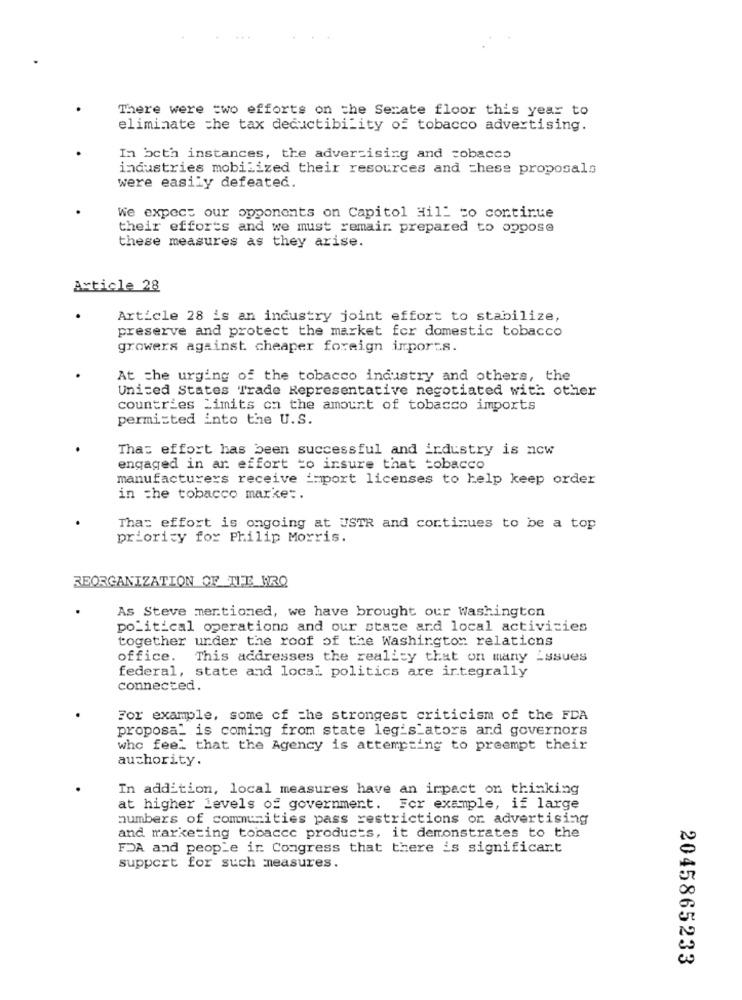
There were two efforts on the Serate floor this year to
eliminate the tax deductibility of tobacco advertising.
In beth instances, the advertising and cobacco
industries mobilized their resources and these proposals
were easily defeated.
We expect our opponents on Capitol Hill to continue
their efforts and we must remain prepared to oppose
these measures as they arise.
Article 28
Article 28 is an industry joint effort to stabilize,
preserve and protect the market for domestic tobacco
growers against cheaper foreign imports.
At the urging of the tobacco industry and others, the
United States Trade Representative negotiated with other
countries Limits on the amount of tobacco imports
permisted into the U.S.
That effort has been successful and industry is now
engaged in ar effort to insure that tobacco
manufacturers receive i=port licenses to help keep order
in the tobacco market.
Tha: effort is ongoing at USTR and continues to be a top
priority for Philip Morris.
REORGANIZATION OF THE WRQ
As Steve mentioned, we have brought our Washington
political operations and our state and local activities
together under the roof of the Washington relations
office.
This addresses the reality that on many Issues
federal, state and local politics are integrally
connected.
For example, some of the strongest criticism of the FDA
proposal is coming from state legislators and governors
who feel that the Agency is attempting to preempt their
authority.
In addition, local measures have an impact on thinking
at higher levels of government. For example, if large
numbers of communities pass restrictions or advertising
and marketing tobacco products, it demonstrates to the
FDA and people ir Congress that there is significant
support for such measures.
2045865233